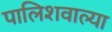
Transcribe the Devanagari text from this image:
पालिशवाल्या